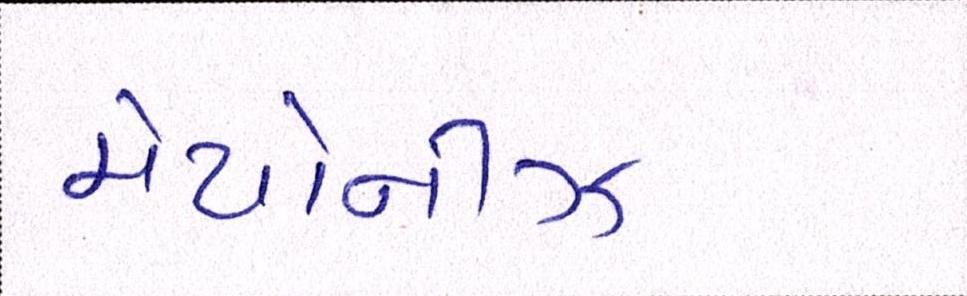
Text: મેયોનીઝ